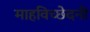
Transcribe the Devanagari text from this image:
माहविच्छेदनी